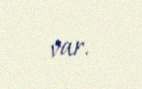
var.